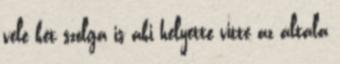
vele két szolga is aki helyette vitte az általa